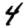
Digit: 4